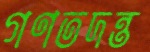
গণতদন্ত